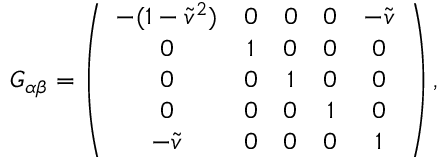
G _ { \alpha \beta } = \left( \begin{array} { c c c c c } { { - ( 1 - \tilde { v } ^ { 2 } ) } } & { { 0 } } & { { 0 } } & { { 0 } } & { { - \tilde { v } } } \\ { { 0 } } & { { 1 } } & { { 0 } } & { { 0 } } & { { 0 } } \\ { { 0 } } & { { 0 } } & { { 1 } } & { { 0 } } & { { 0 } } \\ { { 0 } } & { { 0 } } & { { 0 } } & { { 1 } } & { { 0 } } \\ { { - \tilde { v } } } & { { 0 } } & { { 0 } } & { { 0 } } & { { 1 } } \end{array} \right) ,